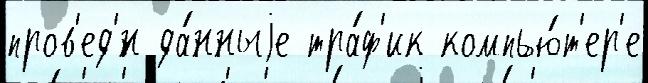
пров'ед'́н да́нныjе тра́ф'ик компью́т'ер'е